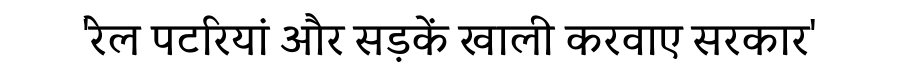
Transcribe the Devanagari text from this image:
'रेल पटरियां और सड़कें खाली करवाए सरकार'